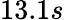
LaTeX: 13.1s